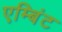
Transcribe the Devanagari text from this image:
एम्बिंट